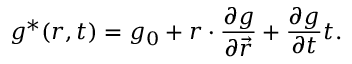
g ^ { \ast } ( \boldsymbol { r } , t ) = g _ { 0 } + \boldsymbol { r } \cdot \frac { \partial g } { \partial \vec { r } } + \frac { \partial g } { \partial t } t .